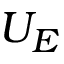
U _ { E }